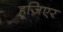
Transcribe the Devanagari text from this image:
हूज़िएर